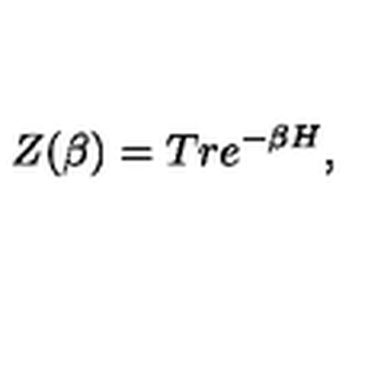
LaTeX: Z ( \beta ) = T r e ^ { - \beta H } ,